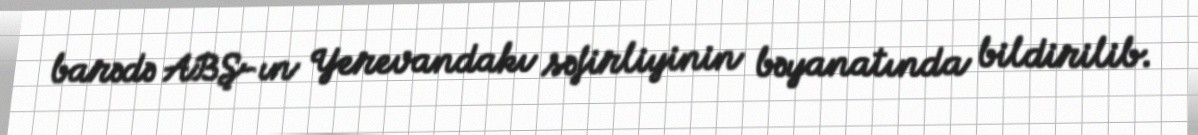
barədə ABŞ-ın Yerevandakı səfirliyinin bəyanatında bildirilib.